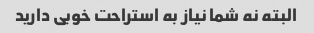
البته نه شما نیاز به استراحت خوبی دارید